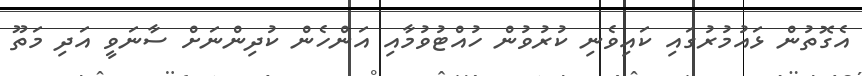
އެގޮތުން ޅައުމުރުގައި ކައިވެނި ކުރުވުން ހުއްޓުވުމާއި އަންހެން ކުދިންނަށް ސާނަވީ އަދި މަތޫ